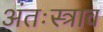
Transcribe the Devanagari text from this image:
अंतःस्त्राव